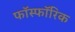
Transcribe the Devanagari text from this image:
फॉस्फॉरिक